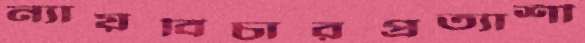
ন্যায়বিচারপ্রত্যাশী